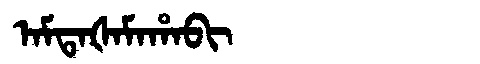
Manchu: ᠠᠮᡨᠠᡧᠠᠮᠠᡥᠠᠪᡳ
Romanization: AMTAŠAMAHABI